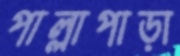
পাল্লাপাড়া